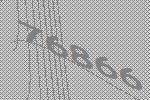
76866